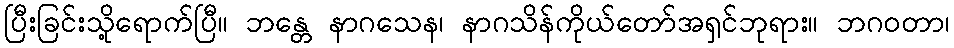
ပြီးခြင်းသို့ရောက်ပြီ။ ဘန္တေ နာဂသေန၊ နာဂသိန်ကိုယ်တော်အရှင်ဘုရား။ ဘဂဝတာ၊